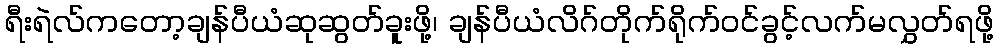
ရီးရဲလ်ကတော့ချန်ပီယံဆုဆွတ်ခူးဖို့၊ ချန်ပီယံလိဂ်တိုက်ရိုက်ဝင်ခွင့်လက်မလွှတ်ရဖို့